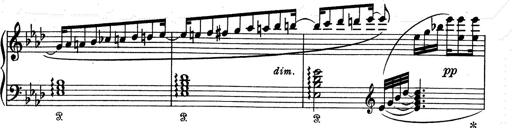
Title: Aus Lohengrin
Composer: Franz Liszt